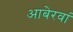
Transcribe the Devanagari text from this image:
आबेरवां